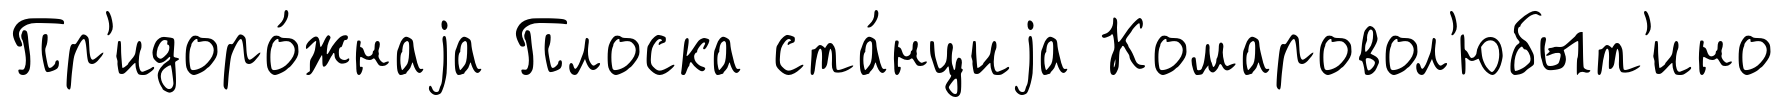
Пр'идоро́жнаjа Плоска ста́нциjа Комаровол'юбыт'ино